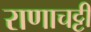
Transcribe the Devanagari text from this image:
राणाचट्टी